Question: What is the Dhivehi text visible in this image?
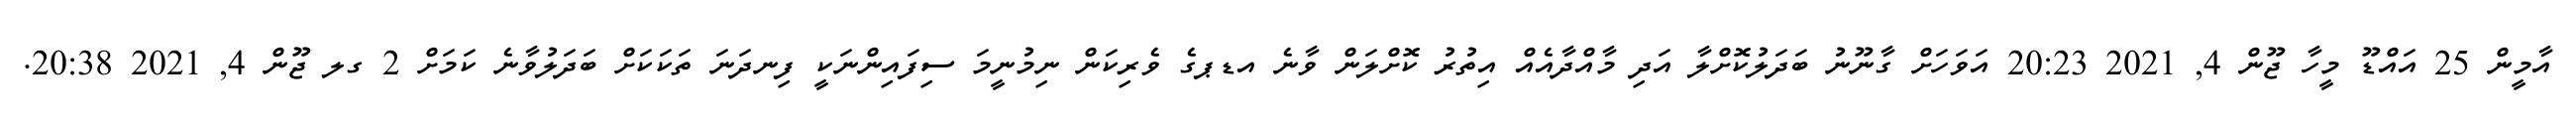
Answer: އާމީން 25 އައްޑޫ މީހާ ޖޫން 4, 2021 20:23 އަވަހަށް ގާނޫނު ބަދަލުކޮށްލާ އަދި މާއްދާއެއް އިތުރު ކޮށްލަން ވާނެ އޑޕގެ ވެރިކަން ނިމުނީމަ ސިފައިންނަކީ ފިނދަނަ ތަކަކަށް ބަދަލުވާނެ ކަމަށް 2 ގލ ޖޫން 4, 2021 20:38.